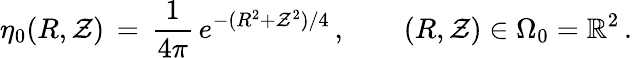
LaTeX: \eta_{0}(R,\mathcal{Z})\, =\, \frac{{1}}{{4\pi}}\, e^{-(R^{2}+\mathcal{Z}^{2})/4}\, ,\qquad(R,\mathcal{Z})\in\Omega_{0}=\mathbb{{R}}^{2}\, .